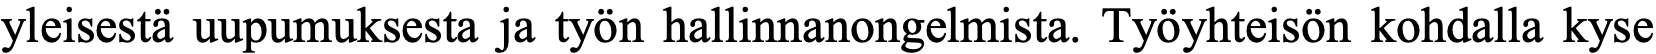
yleisestä uupumuksesta ja työn hallinnanongelmista. Työyhteisön kohdalla kyse